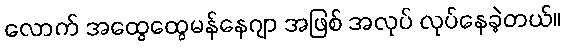
လောက် အထွေထွေမန်နေဂျာ အဖြစ် အလုပ် လုပ်နေခဲ့တယ်။